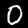
Label: 0